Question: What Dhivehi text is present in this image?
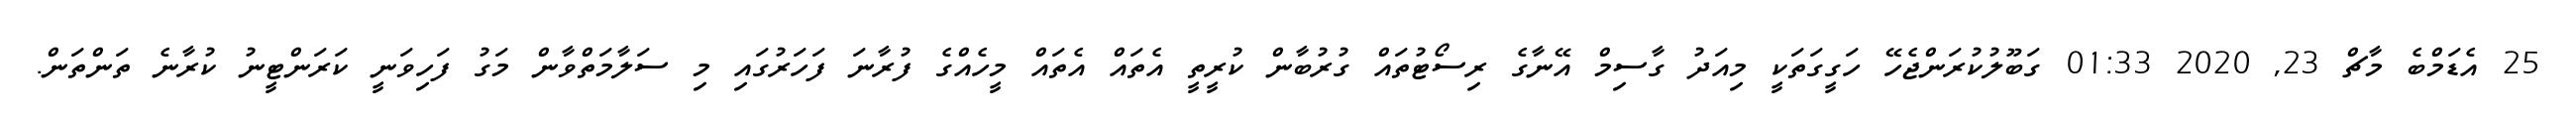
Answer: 25 އެޑަމްބެ މާޗް 23, 2020 01:33 ގަބޫލުކުރަންޖެހޭ ހަގީގަތަކީ މިއަދު ގާސިމް އޭނާގެ ރިސޯޓުތައް ގުރުބާން ކުރީތީ އެތައް އެތައް މީހެއްގެ ފުރާނަ ފަހަރުގައި މި ސަލާމަތްވާން މަގު ފަހިވަނީ ކަރަންޓީނު ކުރާނެ ތަންތަން.